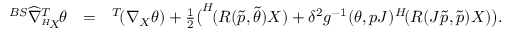
\begin{array} { r l r } { ^ { B S } \widehat { \nabla } _ { ^ { H } \! X } ^ { T } \! \theta } & { = } & { ^ { T } \! ( \nabla _ { X } \theta ) + \frac { 1 } { 2 } \big ( ^ { H } \! ( R ( \tilde { p } , \tilde { \theta } ) X ) + \delta ^ { 2 } g ^ { - 1 } ( \theta , p J ) ^ { H } \! ( R ( J \tilde { p } , \tilde { p } ) X ) \big ) . } \end{array}